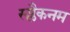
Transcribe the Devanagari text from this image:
स्प्लैकनम